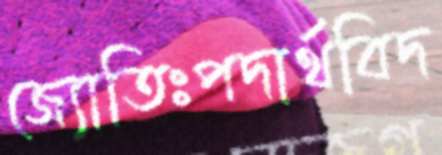
জ্যোতিঃপদার্থবিদ